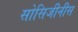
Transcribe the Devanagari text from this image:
सोसिजीनीस